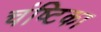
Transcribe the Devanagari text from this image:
चंष्टिका